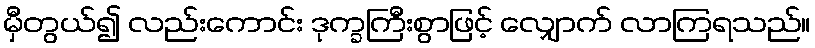
မှီတွယ်၍ လည်းကောင်း ဒုက္ခကြီးစွာဖြင့် လျှောက် လာကြရသည်။